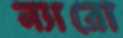
ন্যারো